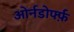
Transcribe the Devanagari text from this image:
ओर्नडोर्फ्फ़